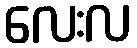
လေးလ